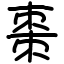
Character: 棗